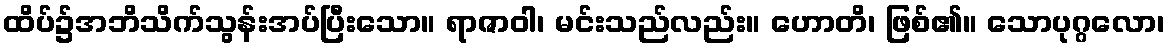
ထိပ်၌အဘိသိက်သွန်းအပ်ပြီးသော။ ရာဇာဝါ၊ မင်းသည်လည်း။ ဟောတိ၊ ဖြစ်၏။ သောပုဂ္ဂလော၊